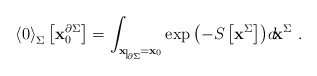
\begin{align*}{\langle 0 \rangle}_{\Sigma}\left[{\bf x}_0^{\partial\Sigma}\right]=\int_{{\bf x}\nolinebreak\begin{picture}(10,3)(0,0)\setlength{\unitlength}{.5pt}\put(1,-7){\line(0,1){14}}\put(2,-7){$\scriptscriptstyle\partial\Sigma$}\end{picture}={\bf x}_0}\exp{\left(-S\left[{\bf x}^{\Sigma}\right]\right)}d\!{\bf x}^{\Sigma}\ .\end{align*}